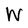
Character: W